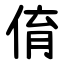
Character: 俼